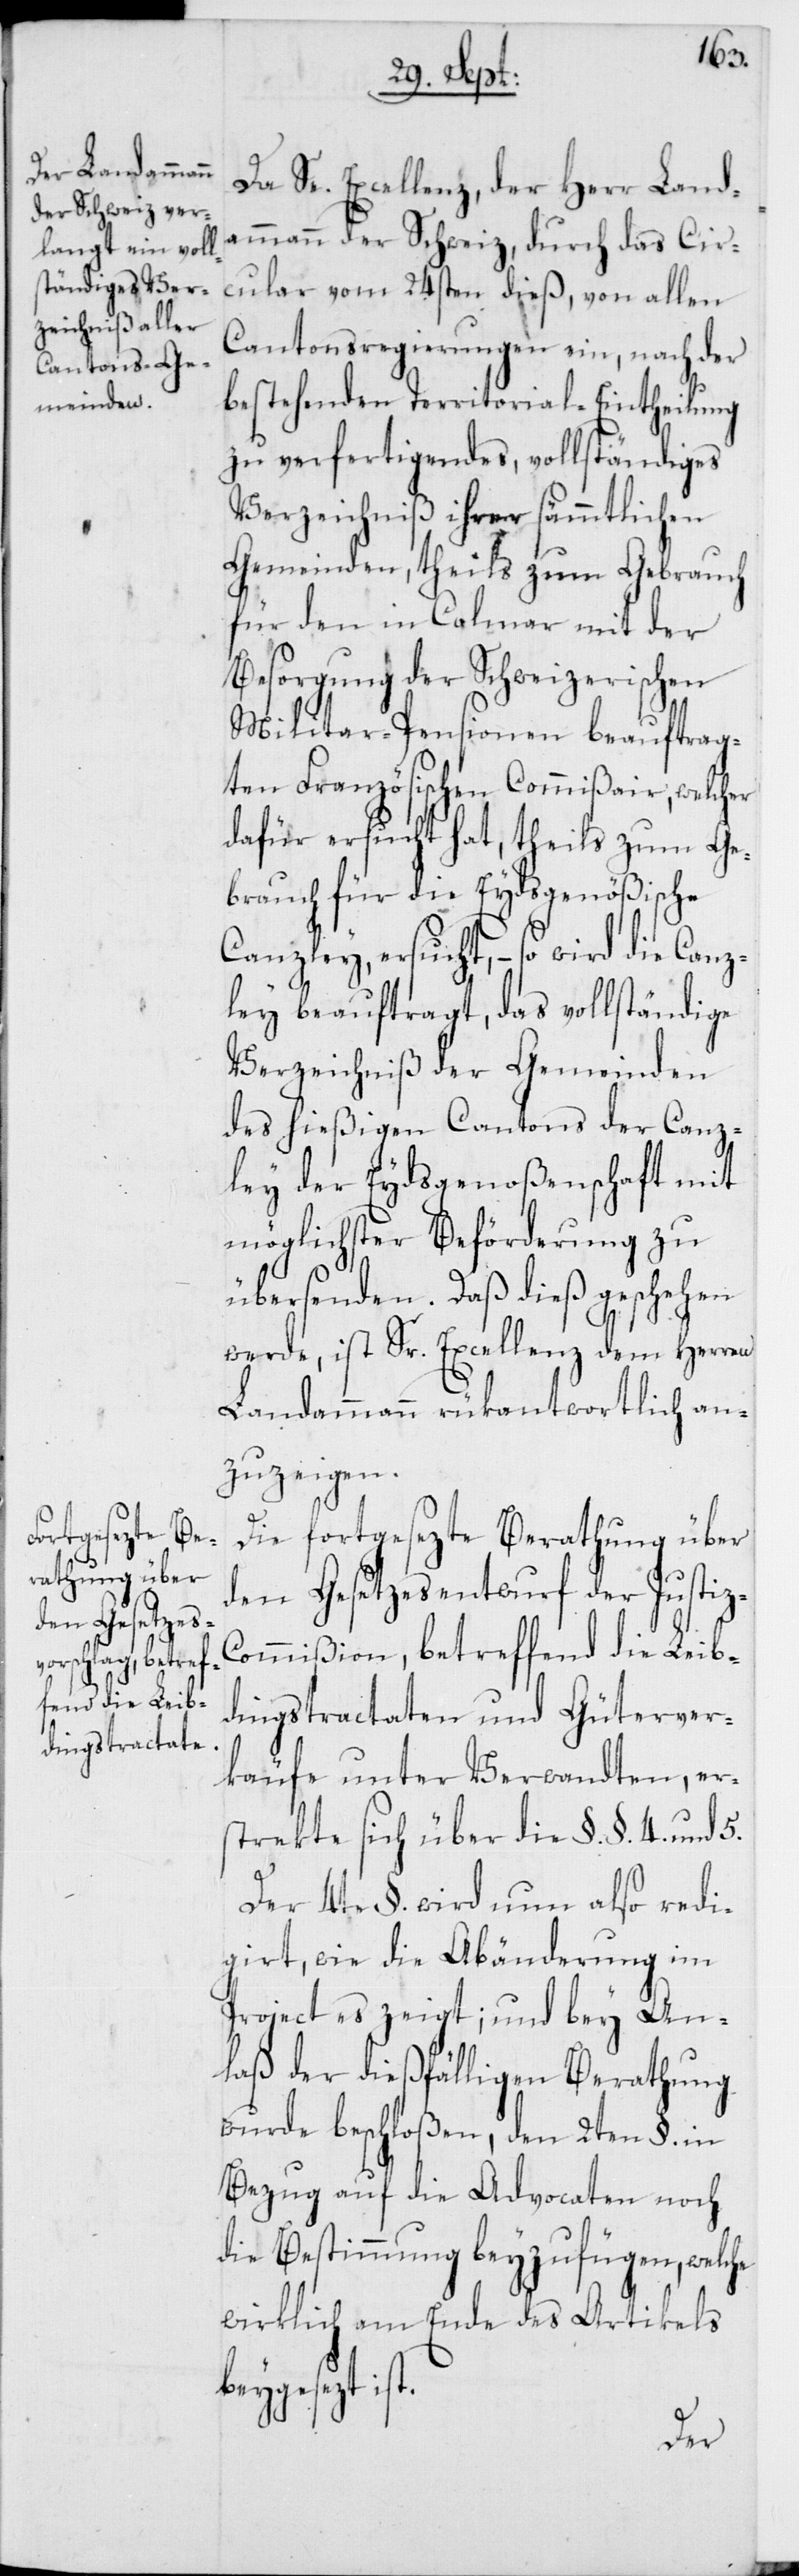
z-C¬
Da Se. Excellenz, der Herr Landa¬
mmann der Schweiz, durch das Cir¬
cular vom 24sten dieß, von allen
Cantonsregierungen ein, nach der
bestehenden Territorial-Eintheilung
zu verfertigendes, vollständiges
Verzeichniß ihrer sämmtlichen
Gemeinden, theils zum Gebrauch
für den in Colmar mit der
Besorgung der Schweizerischen
Militar-Pensionen beauftrag¬
ten Französischen Commißair, welcher
dafür ersucht hat, theils zum Ge¬
brauch für die Eydsgenößische
Canzley ersucht, – so wird die Canz¬
ley beauftragt, das vollständige
Verzeichniß der Gemeinden
des hießigen Cantons der Canz¬
ley der Eydsgenoßenschaft mit
möglichster Beförderung zu
übersenden. Daß dieß geschehen
werde, ist Sr. Excellenz dem Herren
Landammann rükantwortlich an¬
zuzeigen.
Die fortgesezte Berathung über
den Gesetzesentwurf der Justi¬
ommißion, betreffend die Leib¬
dingstractaten und Güterver¬
käufe unter Verwandten, er¬
strekte sich über die §. §. 4. und
Der 4te §. wird nun also redi¬
girt, wie die Abänderung im
Project es zeigt; und bey An¬
laß der dießfälligen Berathung
wurde beschloßen, den 2ten §. in
Bezug auf die Advocaten noch
die Bestimmung beyzufügen, welche
wirklich am Ende des Artikels
beygesezt ist.